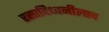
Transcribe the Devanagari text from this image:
रसादिध्वनीलाच